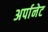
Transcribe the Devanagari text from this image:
अर्पानेट